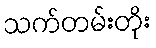
သက်တမ်းတိုး